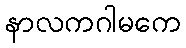
နာလကဂါမကေ